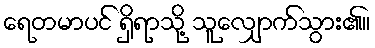
ရေတမာပင် ရှိရာသို့ သူလျှောက်သွား၏။